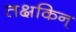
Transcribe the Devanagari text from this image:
तक्षकिन्